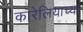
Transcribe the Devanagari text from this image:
कारेलियाच्या